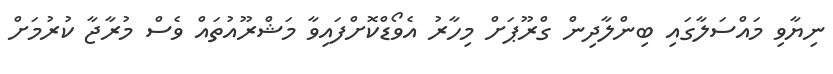
ނިޔާވި މައްސަލާގައި ބިންލާދިން ގްރޫޕަށް މިހާރު އެވޯޑްކޮށްފައިވާ މަޝްރޫއުތައް ވެސް މުރާޖާ ކުރުމަށް